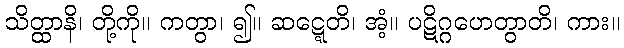
သိတ္ထာနိ၊ တို့ကို။ ကတွာ၊ ၍။ ဆဋ္ဋေတိ၊ အံ့။ ပဋိဂ္ဂဟေတွာတိ၊ ကား။